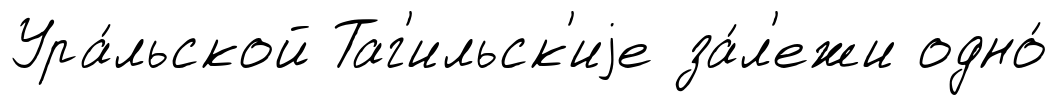
Ура́льской Таг'ильск'иjе за́л'ежи одно́